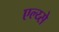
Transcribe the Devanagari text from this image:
एल्य्से